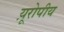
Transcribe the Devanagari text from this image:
य़ूरोपीय